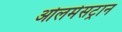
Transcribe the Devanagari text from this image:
ओलमेसट्रान